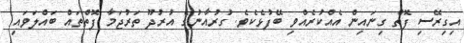
އިގިރޭސި ފޮތް ގިނައިން އެއްކުރެއްވި ބޭފުޅެކެވެ. ގުރުއާނުގެ އުރުދޫ ތަރުޖަމާ ފޮތްތައް ބައްލަވައި